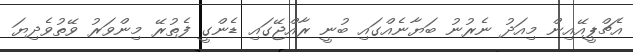
އެޗްޕީއޭއިން މިއަދު ނެރުނު ބަޔާނެއްގައި ބުނީ ރާއްޖޭގައި ޑެންގީ ފެތުރޭ މިންވަރު ވޭތުވެދިޔަ